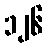
၁၂၆